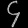
Digit: ၄